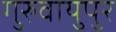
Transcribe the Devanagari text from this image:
गुरुवायुपुर